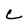
Character: c